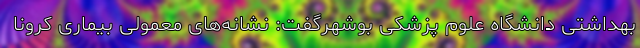
بهداشتی دانشگاه علوم پزشکی بوشهرگفت: نشانه‌های معمولی بیماری کرونا